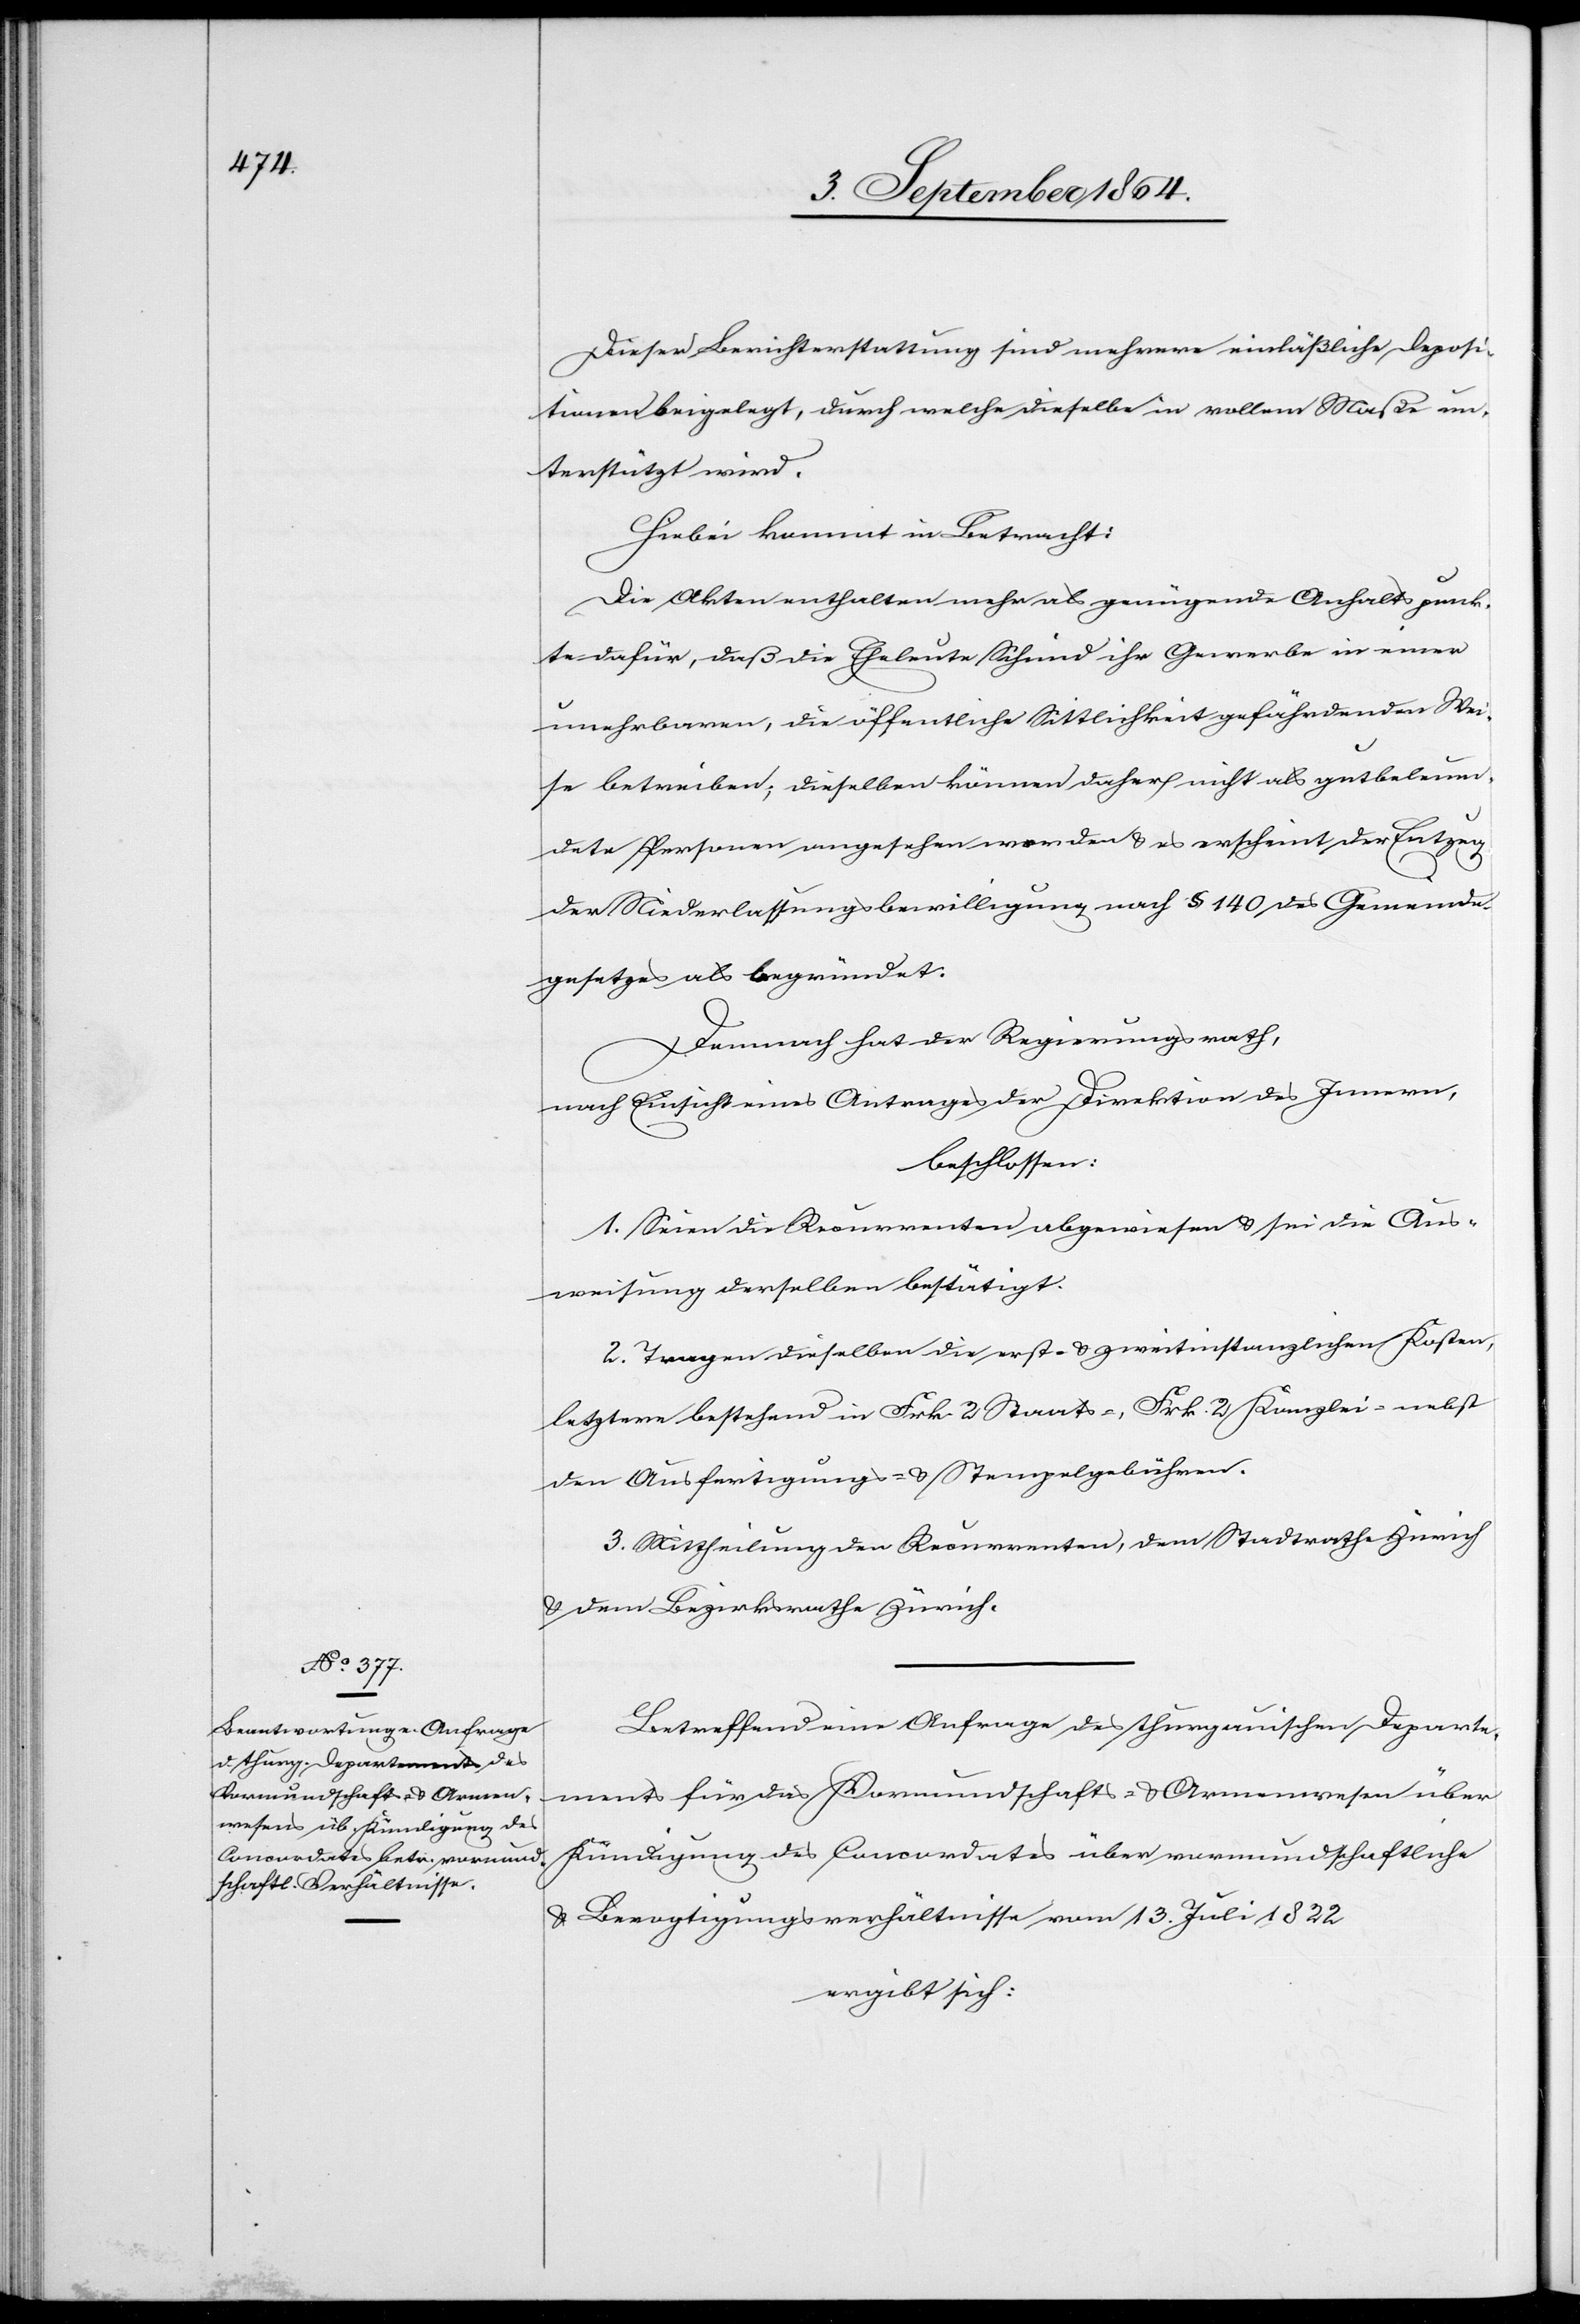
Dieser Berichterstattung sind mehrere einläßliche Deposi¬
tionen beigelegt, durch welche dieselbe in vollem Maße un¬
terstützt wird.
Hiebei kommt in Betracht:
Die Akten enthalten mehr als genügende Anhaltspunk¬
te dafür, daß die Eheleute Schmid ihr Gewerbe in einer
unehrbaren, die öffentliche Sittlichkeit gefährdenden Wei¬
se betreiben; dieselben können daher nicht als gutbeleum¬
dete Personen angesehen werden & es erscheint der Entzug
der Niederlassungsbewilligung nach § 140 des Gemeinde¬
gesetzes als begründet.
Demnach hat der Regierungsrath,
nach Einsicht eines Antrages der Direktion des Innern,
beschlossen:
1. Seien die Recurrenten abgewiesen & sei die Aus¬
weisung derselben bestätigt.
2. Tragen dieselben die erst- & zweitinstanzlichen Kosten,
letztere bestehend in Frk. 2 Kanzlei- nebst den Ausfertigungs-
3. Mittheilung den Recurrenten, dem Stadtrathe Zürich
& dem Bezirksrathe Zürich.
Betreffend eine Anfrage des thurgauischen Departe¬
ments für das Vormundschafts- & Armenwesen über
Kündigung des Concordates über vormundschaftliche
& Bevogtigungsverhältnisse vom 13. Juli 1822
ergibt sich: